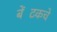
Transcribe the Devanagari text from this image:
बेंटिंकचे